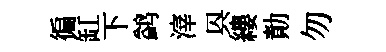
徧缸下鹢滓㒷縷勣勿